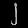
Digit: ၂